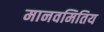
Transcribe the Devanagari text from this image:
मानवमितिय